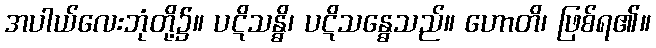
အပါယ်လေးဘုံတို့၌။ ပဋိသန္ဓိ၊ ပဋိသန္ဓေသည်။ ဟောတိ၊ ဖြစ်ရ၏။